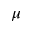
\mu